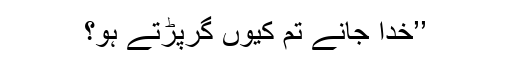
’’خدا جانے تم کیوں گِرپڑتے ہو؟